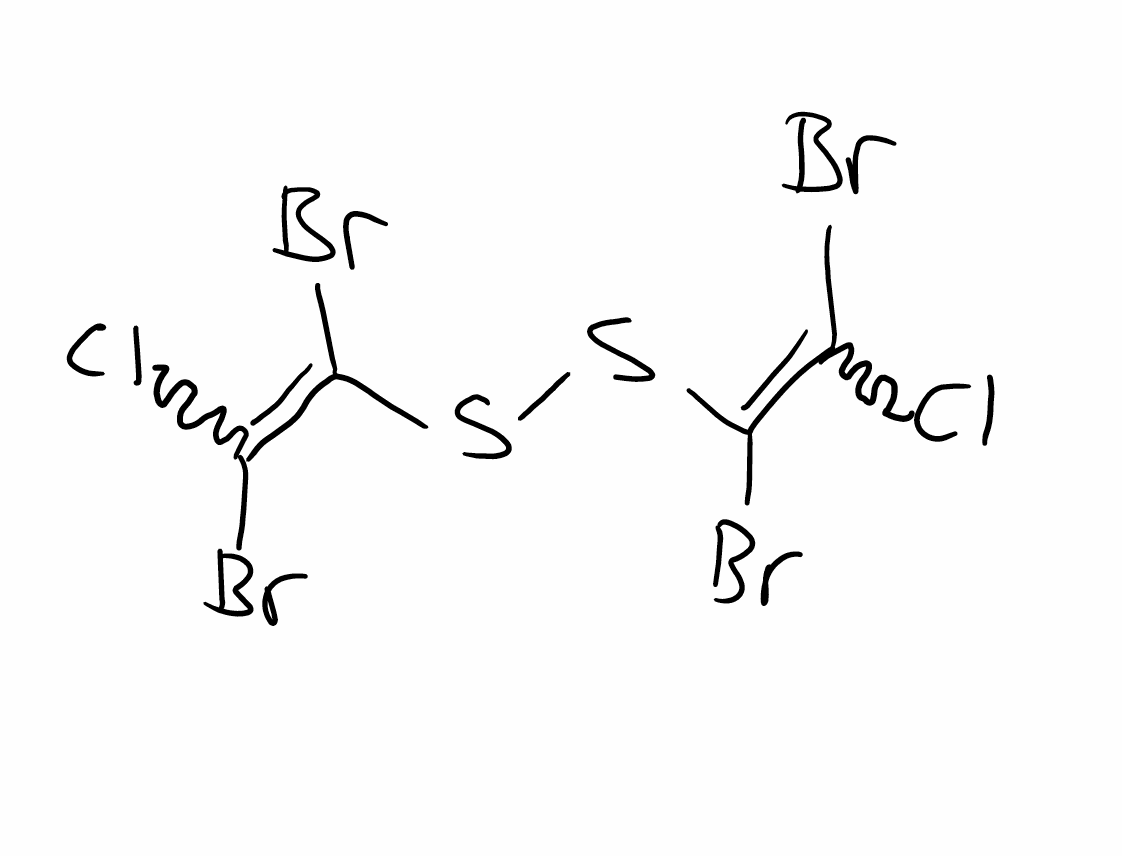
Simplified molecular-input line-entry system (SMILES) notation of the given molecule:
C(=C(Cl)Br)(SSC(=C(Cl)Br)Br)Br